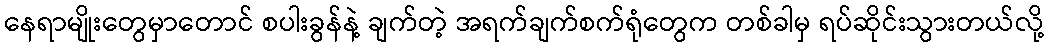
နေရာမျိုးတွေမှာတောင် စပါးခွန်နဲ့ ချက်တဲ့ အရက်ချက်စက်ရုံတွေက တစ်ခါမှ ရပ်ဆိုင်းသွားတယ်လို့